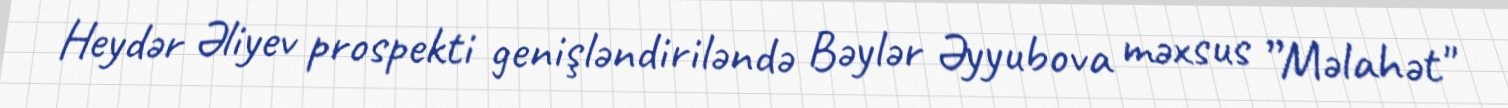
Heydər Əliyev prospekti genişləndiriləndə Bəylər Əyyubova məxsus ”Məlahət"